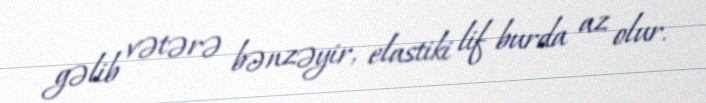
gəlib vətərə bənzəyir, elastiki lif burda az olur.